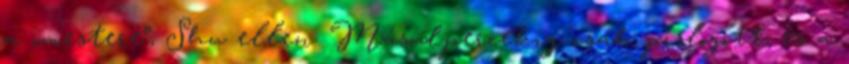
a „mestere”, Shu ellen. Másodpercekig csak pislogott, és a